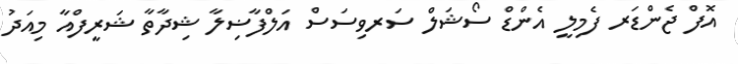
އޮފް ޖެންޑަރ ފެމިލީ އެންޑް ސޯޝަލް ސަރވިސަސް އަލްފާޟިލާ ޝިދާތާ ޝަރީފްއާ މިއަދު